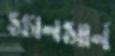
স্যানসার্ন